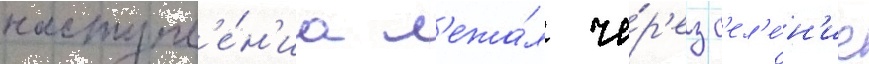
наступл'е́н'иа л'ежа́л че́р'ез с'ел'е́н'ие